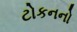
ટોકનનો